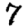
Digit: 7